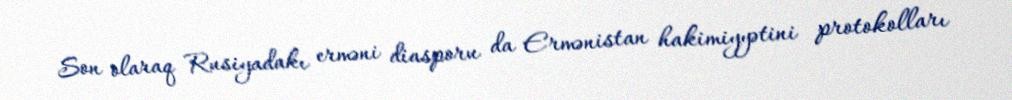
Son olaraq Rusiyadakı erməni diasporu da Ermənistan hakimiyyətini protokolları